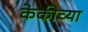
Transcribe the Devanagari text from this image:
केकीच्या